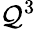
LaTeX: \mathcal{Q}^{3}